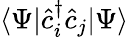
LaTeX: \langle\Psi|\hat{c}_{i}^{\dagger}\hat{c}_{j}|\Psi\rangle